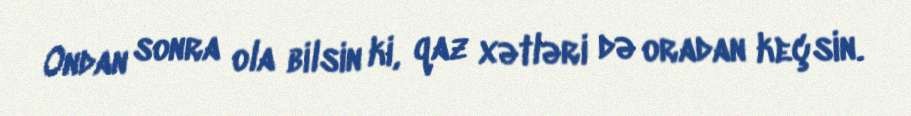
Ondan sonra ola bilsin ki, qaz xətləri də oradan keçsin.